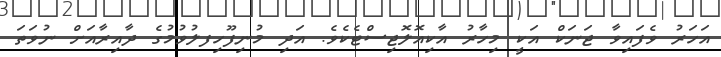
އަހަރު ވެފައިވާ ޖަނަކް އަކީ މިހާރު އާކިއޮލޮޖިސްޓެކެވެ. އަދި މުނިފޫހިފލުވުމުގެ ދާއިރާއަށް ނުވަތަ